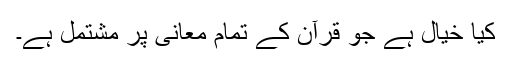
کیا خیال ہے جو قرآن کے تمام معانی پر مشتمل ہے۔